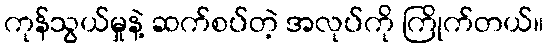
ကုန်သွယ်မှုနဲ့ ဆက်စပ်တဲ့ အလုပ်ကို ကြိုက်တယ်။